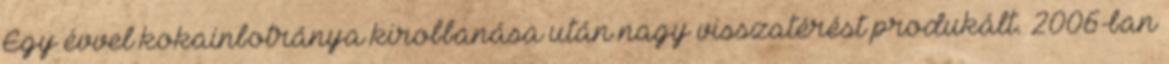
Egy évvel kokainbotránya kirobbanása után nagy visszatérést produkált. 2006-ban